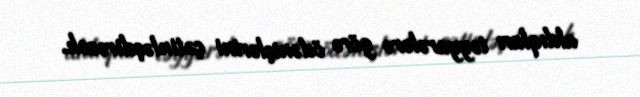
aldıqları təyyarələrə görə ödənişlərini çətinləşdirəcək.